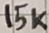
Text: 15K